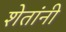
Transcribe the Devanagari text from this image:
शेतांनी